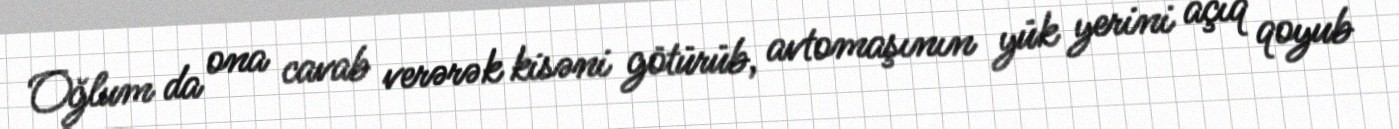
Oğlum da ona cavab verərək kisəni götürüb, avtomaşının yük yerini açıq qoyub